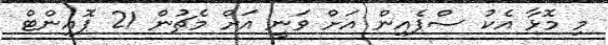
މި މޮޅާ އެކު ސްޕެއިން އަށް ވަނީ އަށް މެޗުން 21 ޕޮއިންޓް